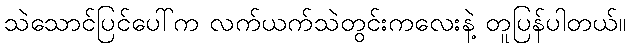
သဲသောင်ပြင်ပေါ်က လက်ယက်သဲတွင်းကလေးနဲ့ တူပြန်ပါတယ်။